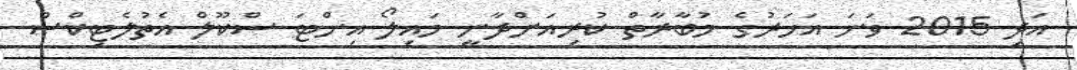
އަދި 2015 ވަނަ އަހަރުގެ މުބާރާތް ކުރިއަށްދާނީ މައިލޯ އިންޓަ ސްކޫލް އެތުލެޓިކްސް